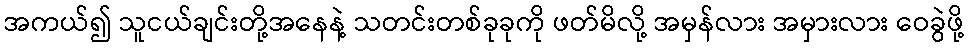
အကယ်၍ သူငယ်ချင်းတို့အနေနဲ့ သတင်းတစ်ခုခုကို ဖတ်မိလို့ အမှန်လား အမှားလား ဝေခွဲဖို့